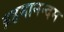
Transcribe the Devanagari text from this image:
ब्रहमानन्दम